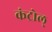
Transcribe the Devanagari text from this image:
कंट्रोल्